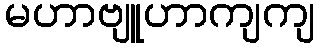
မဟာဗျူဟာကျကျ